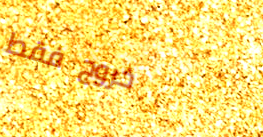
خروج فقط